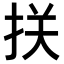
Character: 𢬈